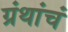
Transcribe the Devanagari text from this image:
ग्रंथांचं